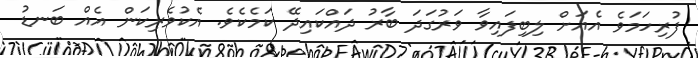
ފުރިހަމަވެ އެއަށް ލިބިފައިވާ ވަރުގަދަ ބާރު ދައްކައިދޭ ކަމެކެވެ. އެކުވެރިކަން އެއް ބަނޑު